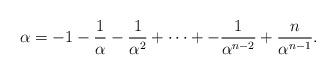
LaTeX: \begin{align*}\alpha =-1-\frac{1}{\alpha} - \frac{1}{\alpha^{2}} + \cdots + -\frac{1}{\alpha^{n-2}}+\frac{n}{\alpha^{n-1}}.\end{align*}